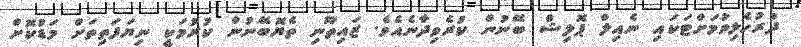
ދުރުހެލިވުމަށްޓަކައި ނެއިލް ޕޮލިޝް ބޭނުން ކުރެވިދާނެއެވެ. ޒައިތޫނި ތެޔޮބޭނުން ކުރުމަކީ ނިޔަފަތިތަށް މަޑުކޮށް